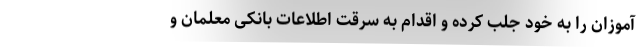
‌آموزان را به خود جلب کرده و اقدام به سرقت اطلاعات بانکی‌ معلمان و